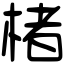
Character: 楮